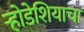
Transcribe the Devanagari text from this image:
र्‍होडेशियाचा